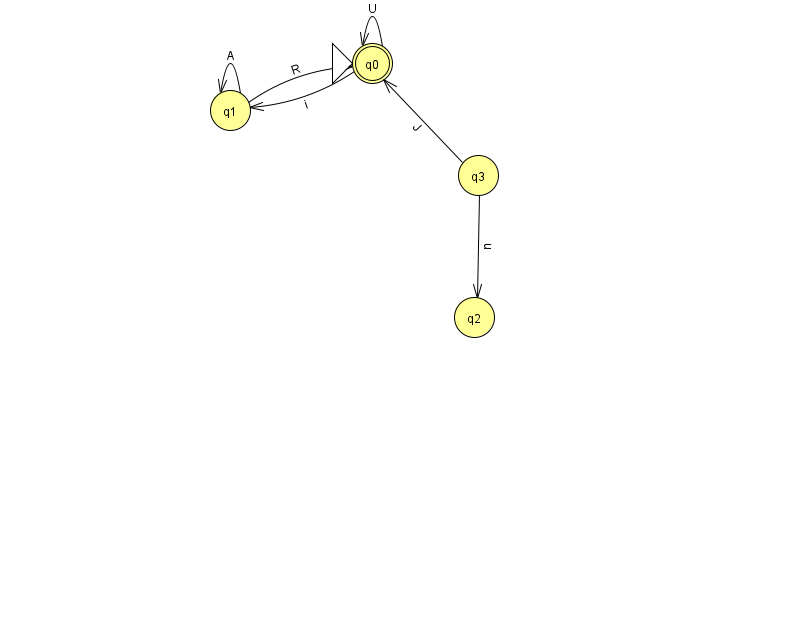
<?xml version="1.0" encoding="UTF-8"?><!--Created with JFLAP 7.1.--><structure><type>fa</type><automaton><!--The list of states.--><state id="0" name="q0"><x>372.0</x><y>50.0</y><initial/><final/></state><state id="1" name="q1"><x>230.0</x><y>97.0</y></state><state id="2" name="q2"><x>474.0</x><y>304.0</y></state><state id="3" name="q3"><x>478.0</x><y>162.0</y></state><!--The list of transitions.--><transition><from>1</from><to>1</to><read>A</read></transition><transition><from>3</from><to>2</to><read>n</read></transition><transition><from>1</from><to>0</to><read>R</read></transition><transition><from>0</from><to>0</to><read>U</read></transition><transition><from>3</from><to>0</to><read>J</read></transition><transition><from>0</from><to>1</to><read>i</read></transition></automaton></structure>